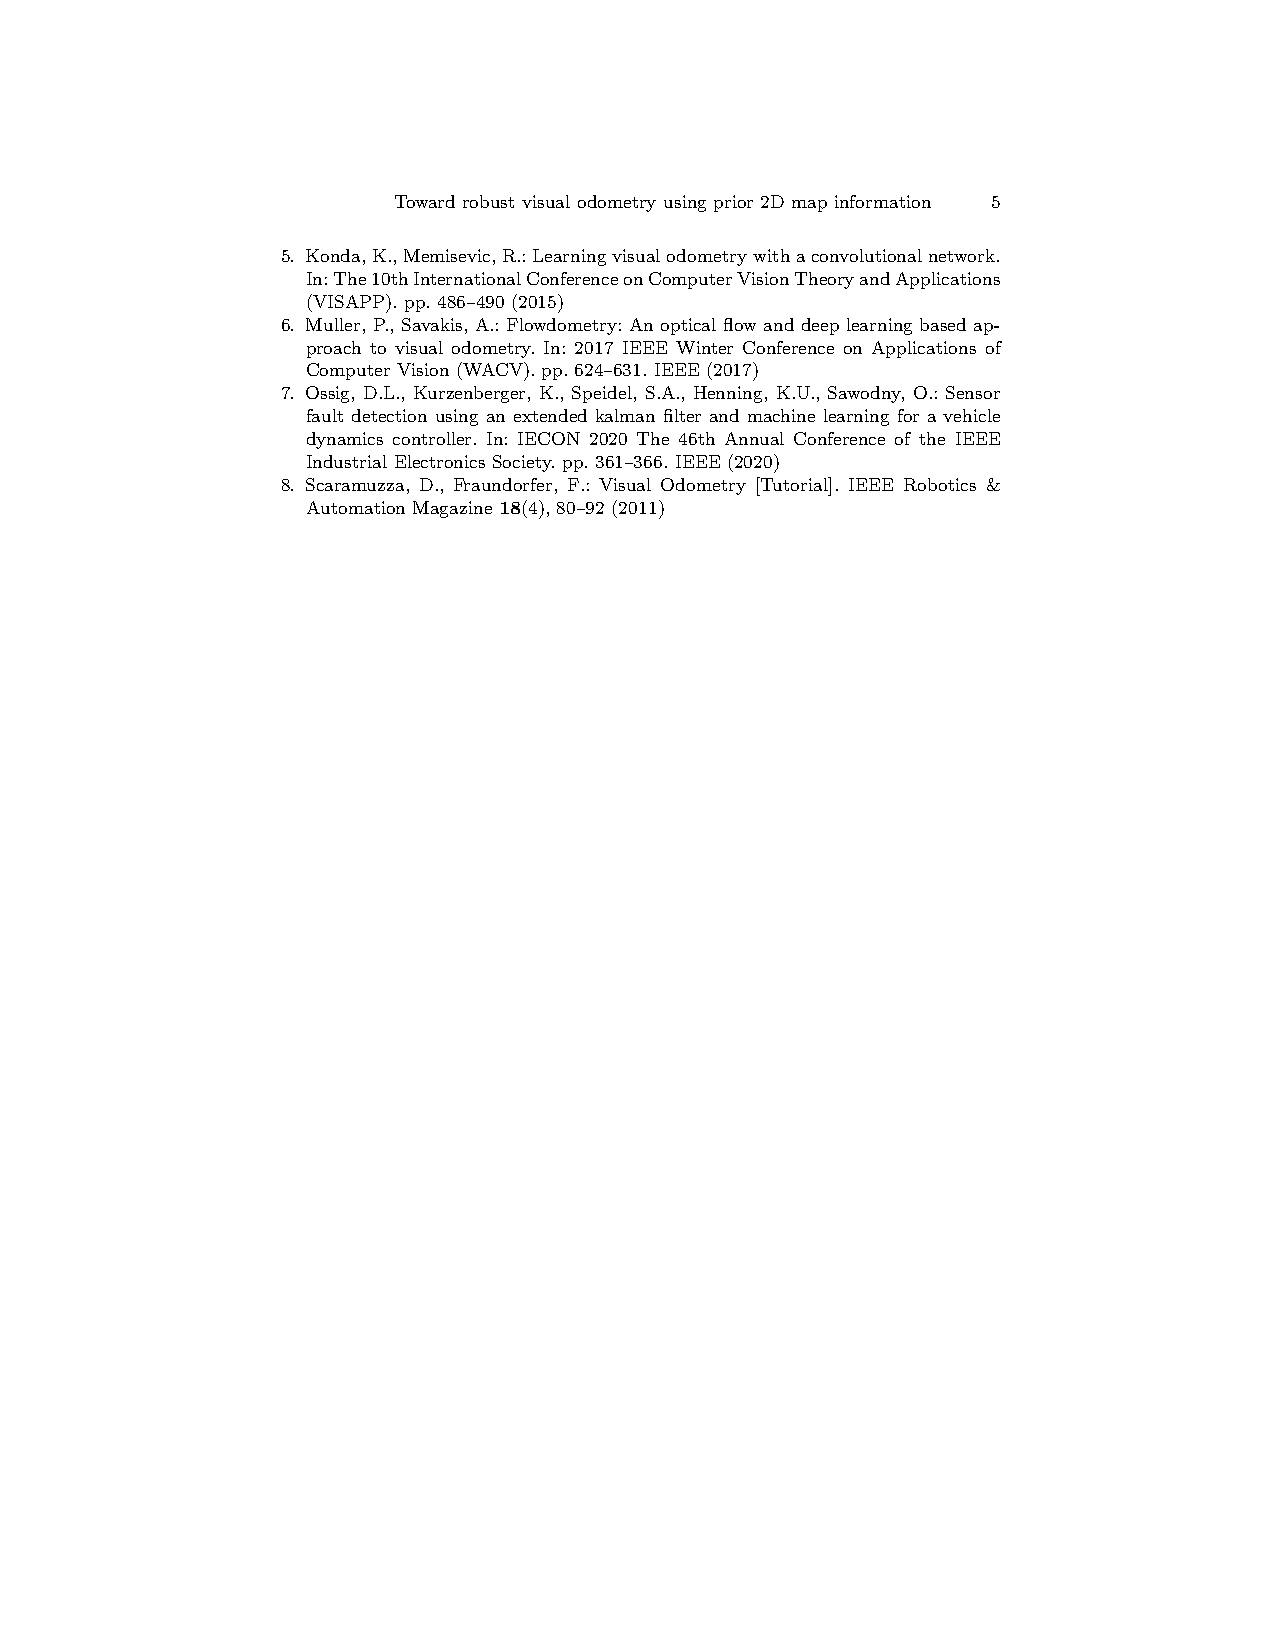
Toward robust visual odometry using prior 2D map information 5
 5. Konda,K.,Memisevic,R.:Learningvisualodometrywithaconvolutionalnetwork.
 In:The10thInternationalConferenceonComputerVisionTheoryandApplications
 (VISAPP). pp. 486–490 (2015)
 6. Muller, P., Savakis, A.: Flowdometry: An optical flow and deep learning based ap-
 proach to visual odometry. In: 2017 IEEE Winter Conference on Applications of
 Computer Vision (WACV). pp. 624–631. IEEE (2017)
 7. Ossig, D.L., Kurzenberger, K., Speidel, S.A., Henning, K.U., Sawodny, O.: Sensor
 fault detection using an extended kalman filter and machine learning for a vehicle
 dynamics controller. In: IECON 2020 The 46th Annual Conference of the IEEE
 Industrial Electronics Society. pp. 361–366. IEEE (2020)
 8. Scaramuzza, D., Fraundorfer, F.: Visual Odometry [Tutorial]. IEEE Robotics &
 Automation Magazine 18(4), 80–92 (2011)